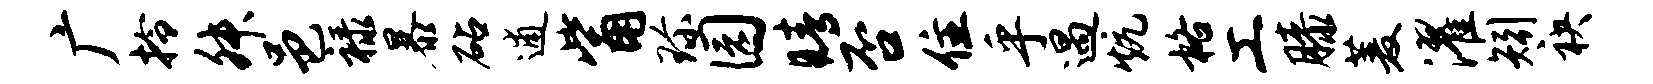
广拎舛邑禄暴砧逋觜珍园睛否住乎遇炕格工膝菱濯矧袂